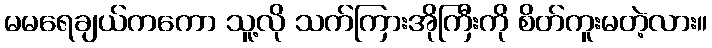
မမရေချယ်ကကော သူ့လို သက်ကြားအိုကြီးကို စိတ်ကူးမတဲ့လား။